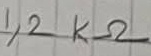
Text: 1,2KΩ